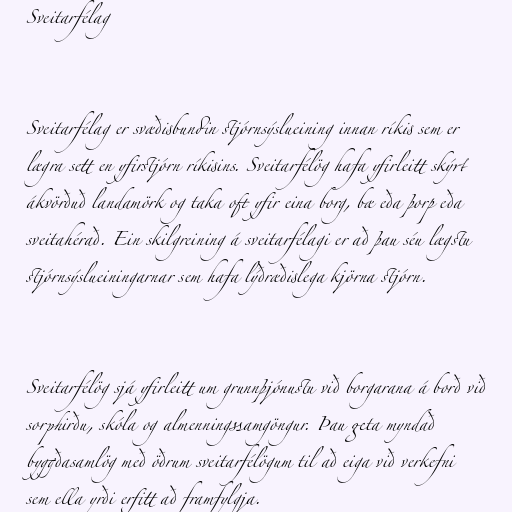
Sveitarfélag

Sveitarfélag er svæðisbundin stjórnsýslueining innan ríkis sem er
lægra sett en yfirstjórn ríkisins. Sveitarfélög hafa yfirleitt skýrt
ákvörðuð landamörk og taka oft yfir eina borg, bæ eða þorp eða
sveitahérað. Ein skilgreining á sveitarfélagi er að þau séu lægstu
stjórnsýslueiningarnar sem hafa lýðræðislega kjörna stjórn.

Sveitarfélög sjá yfirleitt um grunnþjónustu við borgarana á borð við
sorphirðu, skóla og almenningssamgöngur. Þau geta myndað
byggðasamlög með öðrum sveitarfélögum til að eiga við verkefni
sem ella yrði erfitt að framfylgja.